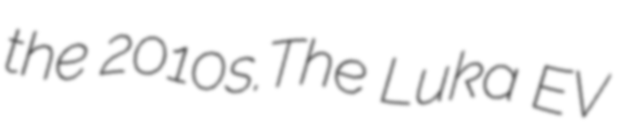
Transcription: the 2010s.The Luka EV